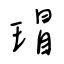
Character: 瑁